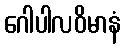
ဂေါပါလဝိမာနံ